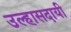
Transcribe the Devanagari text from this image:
उल्हासदायी